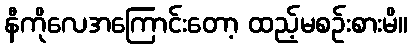
နီကိုလေအကြောင်းတော့ ထည့်မစဉ်းစားမိ။